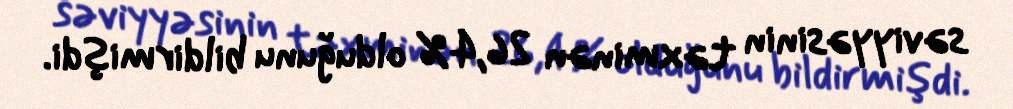
səviyyəsinin təxminən 26,4% olduğunu bildirmişdi.